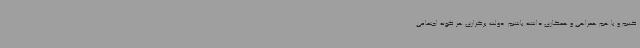
کنیم و با هم همراهی و همکاری داشته باشیم. دولت برگزاری هر گونه اجتماعی